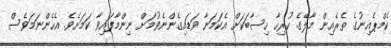
ކެމްޕެއިނުގެ ތެރެއިން މާލޭގެ ހުރިހާ ހިސާބަކަށް އެކަމަނާ ވަޑައިގެންނެވުމަށް ނިންމާފައިވާ ކަމަށެވެ. އެހެންނަމަވެސް